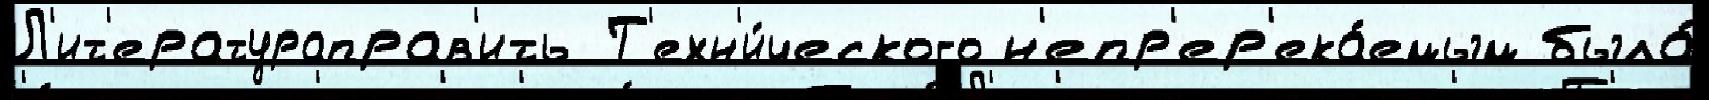
Л'ит'ератураправ'ить Т'ехн'и́ческого н'епр'ер'ека́емым была́